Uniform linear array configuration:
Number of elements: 12
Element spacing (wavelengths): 0.75
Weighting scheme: hann
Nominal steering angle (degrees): -45
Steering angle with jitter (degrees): -43.453
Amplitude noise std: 0.05
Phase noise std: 0.05

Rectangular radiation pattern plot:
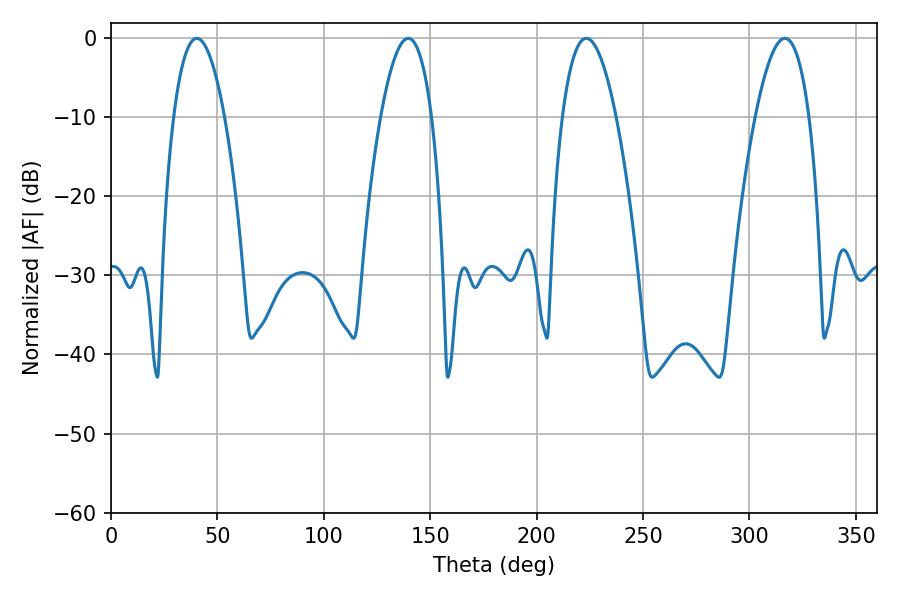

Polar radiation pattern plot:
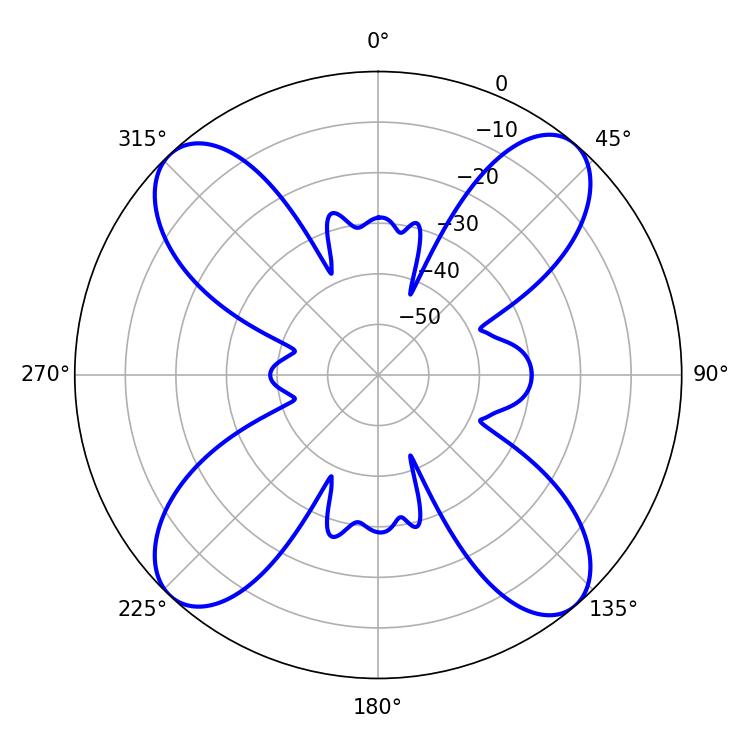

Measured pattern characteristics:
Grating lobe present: TRUE
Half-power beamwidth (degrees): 13.32
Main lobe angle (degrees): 40.32